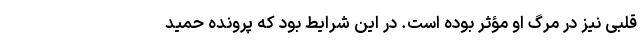
قلبی نیز در مرگ او مؤثر بوده است. در این شرایط بود که پرونده حمید